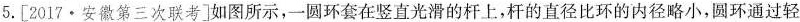
5.[2017·安徽第三次联考]如图所示，一圆环套在竖直光滑的杆上，杆的直径比环的内径略小，圆环通过轻